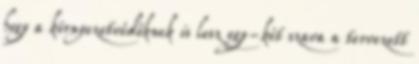
hogy a környezetvédőknek is lesz egy-két szava a tervezett